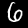
Label: 6